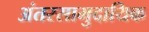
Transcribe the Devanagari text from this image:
अंतरसामुदायिक